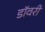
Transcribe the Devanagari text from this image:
डॉवरी